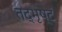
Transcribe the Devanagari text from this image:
तद्भृष्टं